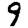
Digit: 9